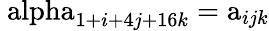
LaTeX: \mathrm{\ alpha}_{1+i+4j+16k}=\mathrm{a}_{ijk}